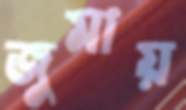
জুমায়